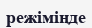
режіміңде